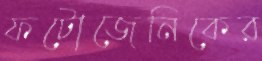
ফটোজেনিকের